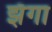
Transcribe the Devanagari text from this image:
झँगा